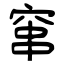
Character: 窜